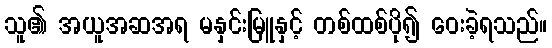
သူ၏ အယူအဆအရ မနှင်းမြူနှင့် တစ်ထစ်ပို၍ ဝေးခဲ့ရသည်။